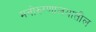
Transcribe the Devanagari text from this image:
मनोरुग्णालयातील